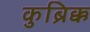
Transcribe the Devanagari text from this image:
कुब्रिक्क